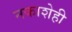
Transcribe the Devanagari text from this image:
नकाशेही